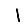
Digit: 1